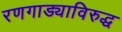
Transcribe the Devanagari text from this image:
रणगाड्याविरुद्ध